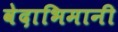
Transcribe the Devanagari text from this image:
वेदाभिमानी